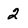
Character: 2